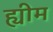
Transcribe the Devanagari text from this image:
ह्यीम